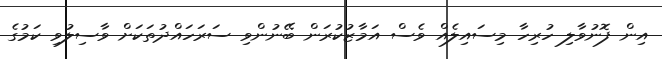
އިން ފޮނުވާލި ހުރިހާ މިސައިލެއް ވެސް އަމާޒުކުރަން ބޭނުންވި ސަރަހައްދުތަކަށް ވާސިލުވި ކަމުގެ